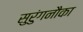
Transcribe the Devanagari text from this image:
सुरुंगनौका